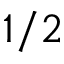
1 / 2